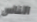
الناس